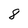
Character: 8